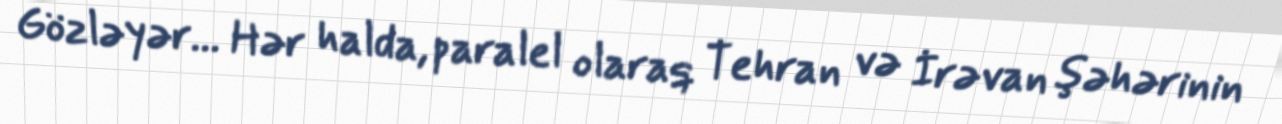
Gözləyər... Hər halda, paralel olaraq Tehran və İrəvan şəhərinin